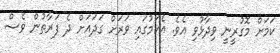
ކަމަށް މޮގުރީނީ ވިދާޅުވި އެވެ. އެކަމުގައި ވަރަށް ގަދައަށް ދެ ފަރާތުން ވެސް